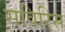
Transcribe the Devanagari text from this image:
सविरिस